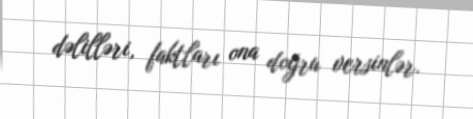
dəlilləri, faktları ona doğru versinlər.